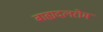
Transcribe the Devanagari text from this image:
बाह्यदलरोम